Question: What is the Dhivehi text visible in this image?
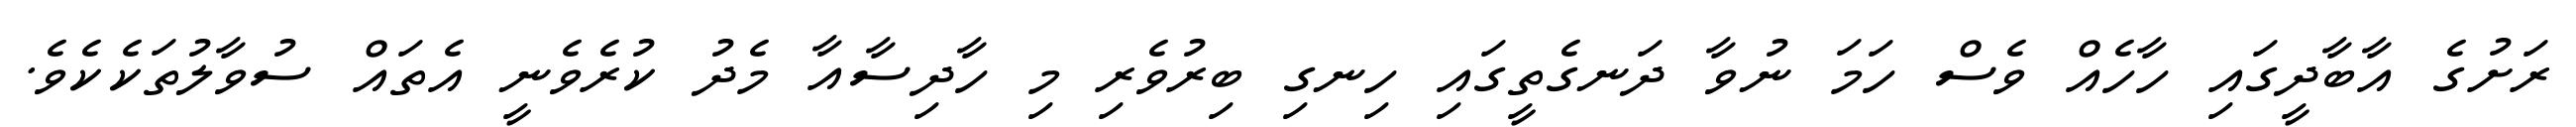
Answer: ރަށުގެ އާބާދީގައި ހާހެއް ވެސް ހަމަ ނުވާ ދަނގެތީގައި ހިނގި ބިރުވެރި މި ހާދިސާއާ މެދު ކުރެވެނީ އެތައް ސުވާލުތަކެކެވެ.